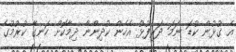
އެ ގުޅުން ކުޑަ ނަމަ ދަރިފުޅު އެހެން ކުދިންނާ ދިމާކޮށް ހަނގާ ކުރުމުގެ